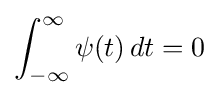
\int _{-\infty }^{\infty }\psi (t)\,dt=0